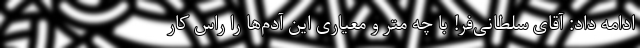
ادامه داد: آقای سلطانی‌فر! با چه متر و معیاری این آدم‌ها را راس کار